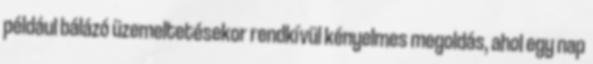
például bálázó üzemeltetésekor rendkívül kényelmes megoldás, ahol egy nap